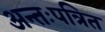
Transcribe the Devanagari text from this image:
अन्तःपत्रित